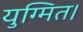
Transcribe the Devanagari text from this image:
युग्मित।